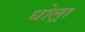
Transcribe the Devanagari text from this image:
धोल्रा